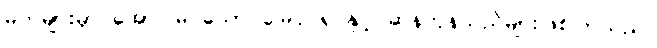
မိဘများမှာ အောင်မြင်သော မြေပိုင်ရှင်နှင့် ဆန်ကုန်သည်များဖြစ်ကြသည်။